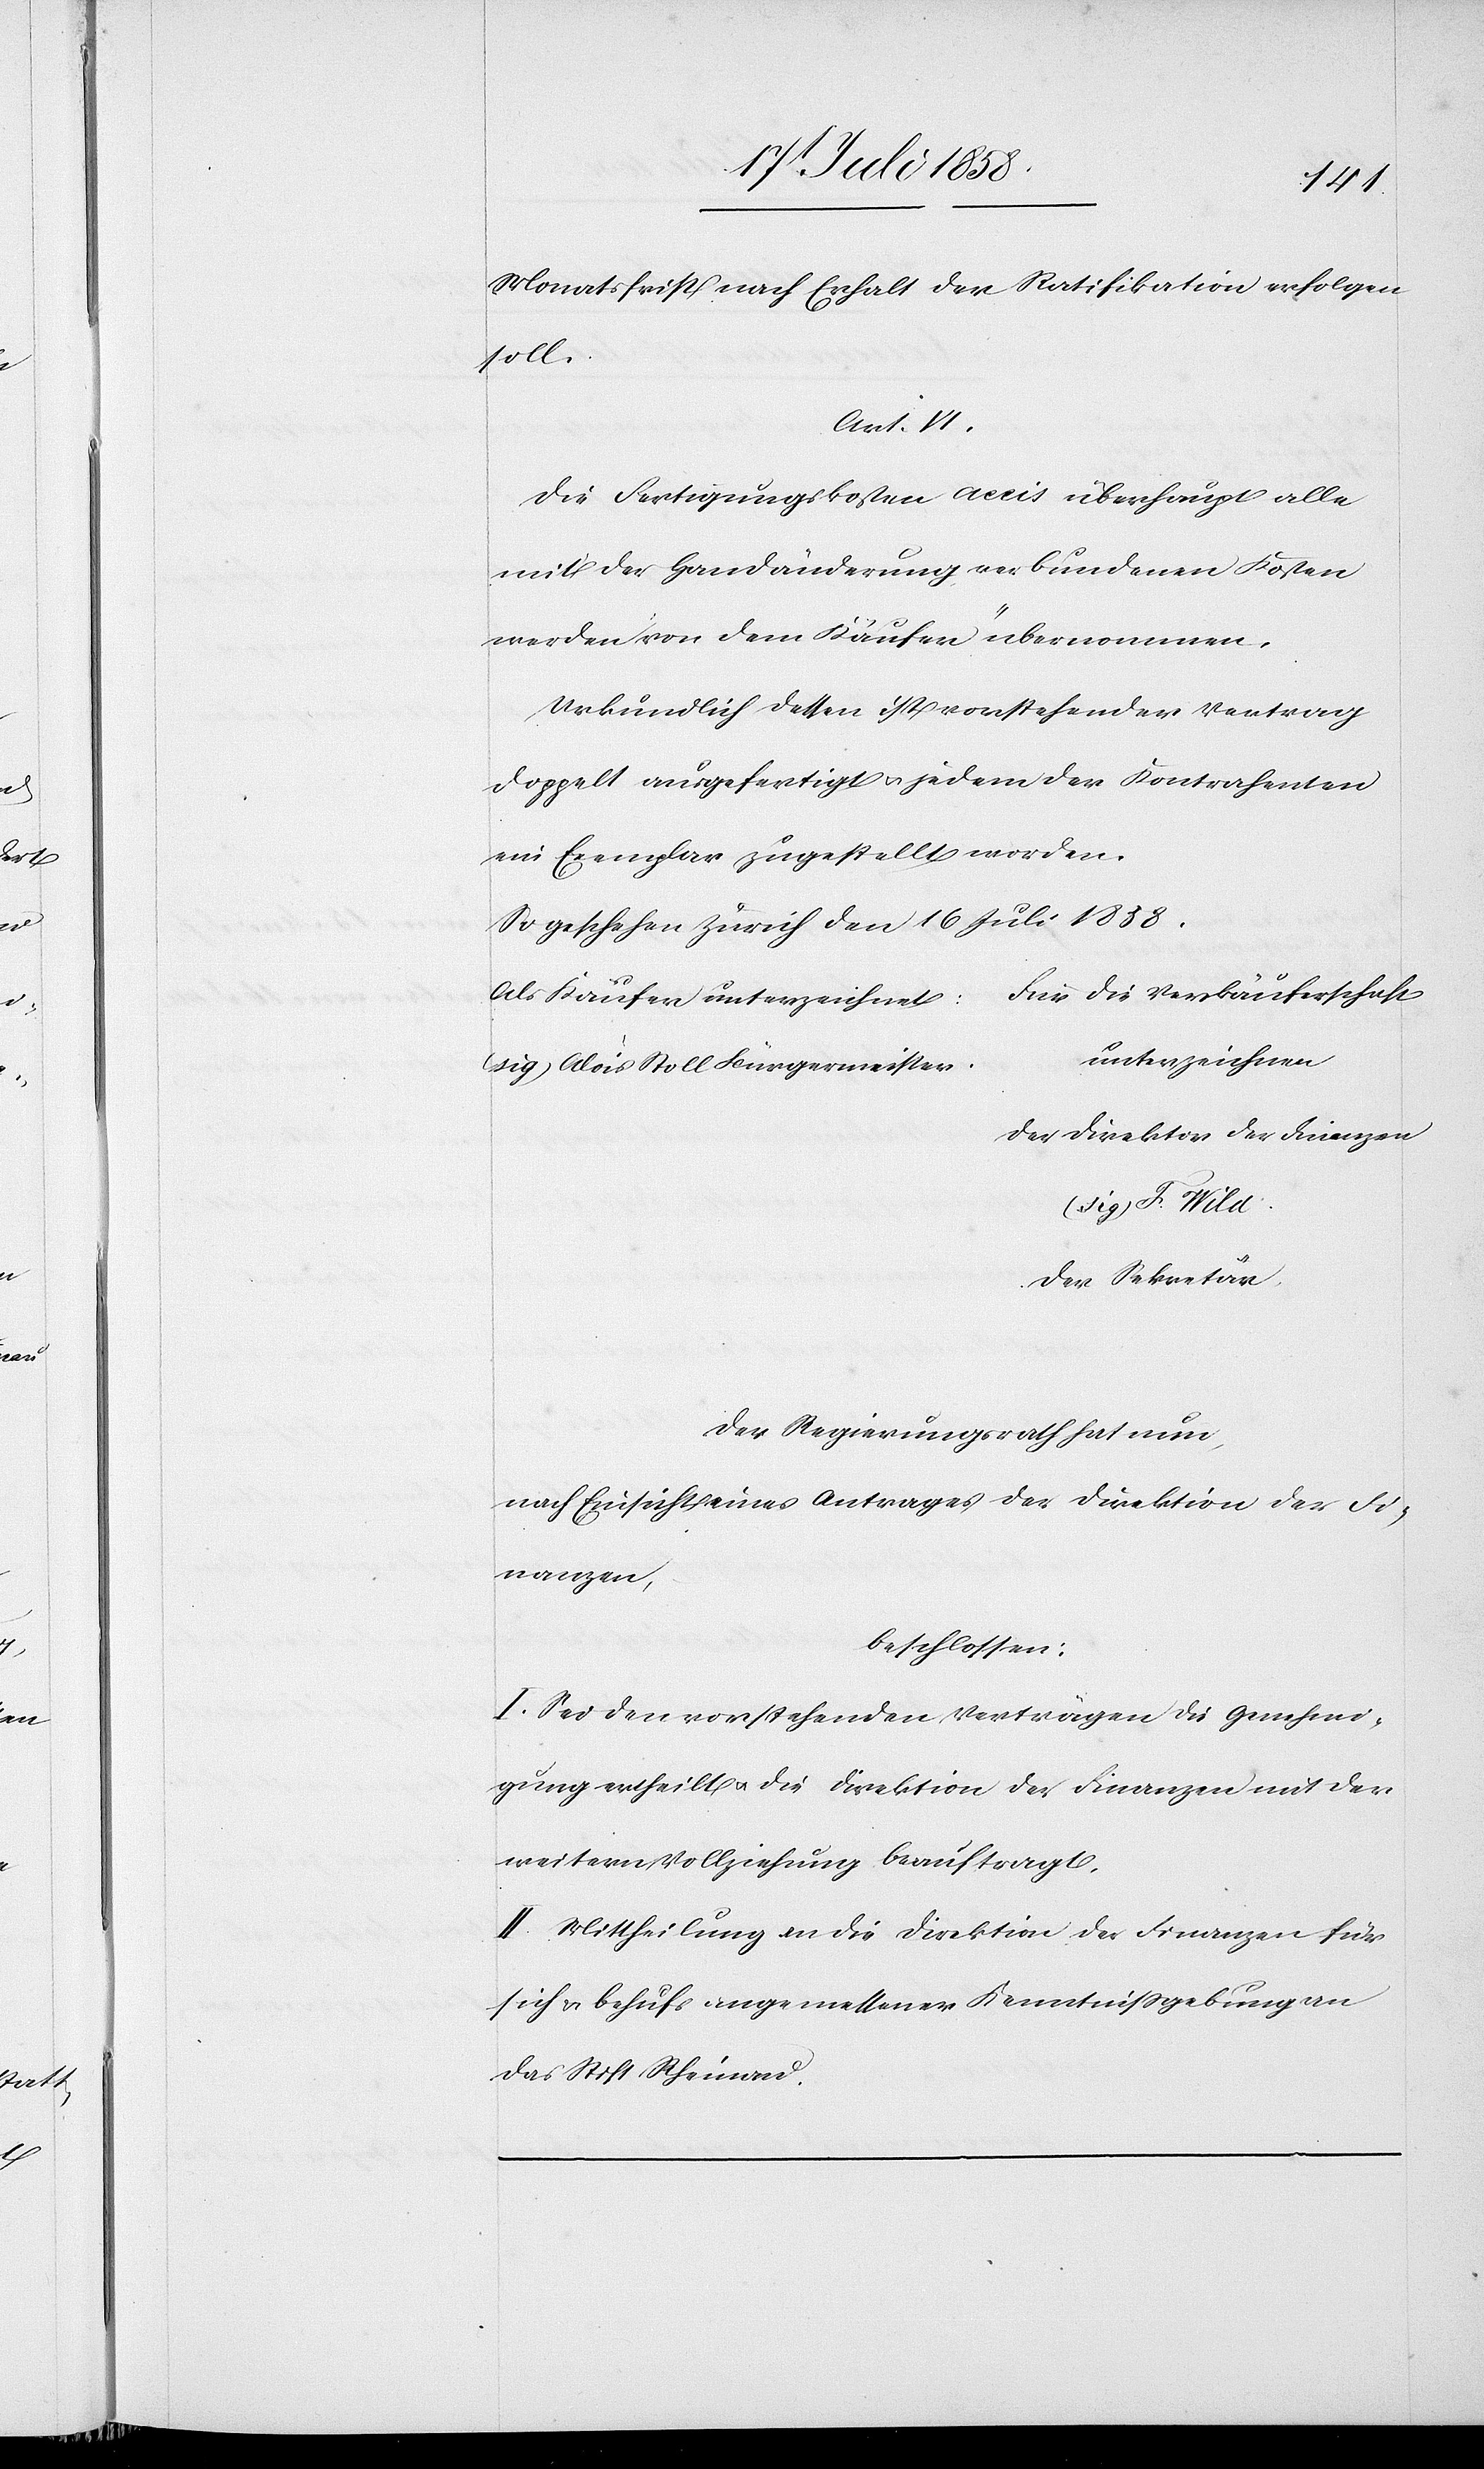
Monatsfrist nach Erhalt der Ratifikation erfolgen
soll.
Art. VI.
Die Fertigungskosten[,] Accis[,] überhaupt alle
mit der Handänderung verbundenen Kosten
werden von dem Käufer übernommen.
Urkundlich dessen ist vorstehender Vertrag
doppelt ausgefertigt & jedem der Kontrahenten
ein Exemplar zugestellt worden.
So geschehen Zürich den 16 Juli 1858.
Für die Verkäuferschaft
Als Käufer unterzeichnet:
unterzeichnen
(sig.) Alois Stoll Bürgermeister.
Der Direktor der Finanzen
(sig.) F. Wild.
Der Sekretär.
Der Regierungsrath hat nun,
nach Einsicht eines Antrages der Direktion der Fi¬
nanzen,
beschlossen:
I. Sei den vorstehenden Verträgen die Genehmi¬
gung ertheilt & die Direktion der Finanzen mit der
weitern Vollziehung beauftragt.
II. Mittheilung an die Direktion der Finanzen für
sich & behufs angemessener Kenntnissgebung an
das Stift Rheinau.